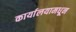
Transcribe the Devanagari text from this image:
कार्यालयामधून